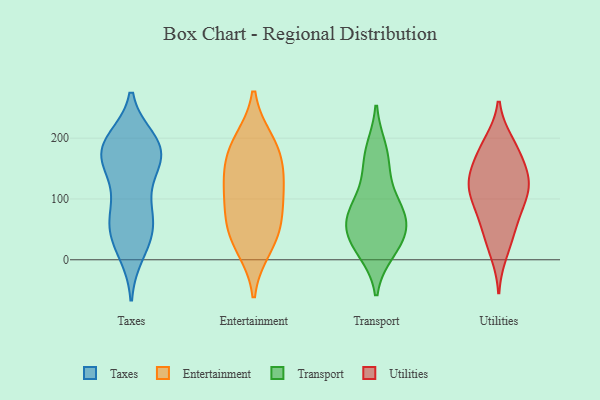
{"axis": {"x": "Satisfaction Score", "y": "Value"}, "legend": ["Entertainment", "Taxes", "Transport", "Utilities"], "data": [{"x": "", "y": 197, "type": "Taxes"}, {"x": "", "y": 187, "type": "Taxes"}, {"x": "", "y": 195, "type": "Taxes"}, {"x": "", "y": 184, "type": "Taxes"}, {"x": "", "y": 175, "type": "Taxes"}, {"x": "", "y": 151, "type": "Taxes"}, {"x": "", "y": 172, "type": "Taxes"}, {"x": "", "y": 169, "type": "Taxes"}, {"x": "", "y": 121, "type": "Taxes"}, {"x": "", "y": 83, "type": "Taxes"}, {"x": "", "y": 48, "type": "Taxes"}, {"x": "", "y": 55, "type": "Taxes"}, {"x": "", "y": 58, "type": "Taxes"}, {"x": "", "y": 16, "type": "Taxes"}, {"x": "", "y": 148, "type": "Taxes"}, {"x": "", "y": 82, "type": "Taxes"}, {"x": "", "y": 49, "type": "Taxes"}, {"x": "", "y": 11, "type": "Taxes"}, {"x": "", "y": 191, "type": "Taxes"}, {"x": "", "y": 188, "type": "Entertainment"}, {"x": "", "y": 21, "type": "Entertainment"}, {"x": "", "y": 194, "type": "Entertainment"}, {"x": "", "y": 140, "type": "Entertainment"}, {"x": "", "y": 112, "type": "Entertainment"}, {"x": "", "y": 74, "type": "Entertainment"}, {"x": "", "y": 37, "type": "Entertainment"}, {"x": "", "y": 59, "type": "Entertainment"}, {"x": "", "y": 166, "type": "Entertainment"}, {"x": "", "y": 117, "type": "Entertainment"}, {"x": "", "y": 168, "type": "Transport"}, {"x": "", "y": 180, "type": "Transport"}, {"x": "", "y": 127, "type": "Transport"}, {"x": "", "y": 25, "type": "Transport"}, {"x": "", "y": 59, "type": "Transport"}, {"x": "", "y": 56, "type": "Transport"}, {"x": "", "y": 77, "type": "Transport"}, {"x": "", "y": 27, "type": "Transport"}, {"x": "", "y": 86, "type": "Transport"}, {"x": "", "y": 15, "type": "Transport"}, {"x": "", "y": 72, "type": "Transport"}, {"x": "", "y": 189, "type": "Utilities"}, {"x": "", "y": 114, "type": "Utilities"}, {"x": "", "y": 132, "type": "Utilities"}, {"x": "", "y": 117, "type": "Utilities"}, {"x": "", "y": 106, "type": "Utilities"}, {"x": "", "y": 151, "type": "Utilities"}, {"x": "", "y": 34, "type": "Utilities"}, {"x": "", "y": 148, "type": "Utilities"}, {"x": "", "y": 143, "type": "Utilities"}, {"x": "", "y": 84, "type": "Utilities"}, {"x": "", "y": 67, "type": "Utilities"}, {"x": "", "y": 11, "type": "Utilities"}, {"x": "", "y": 194, "type": "Utilities"}, {"x": "", "y": 182, "type": "Utilities"}, {"x": "", "y": 108, "type": "Utilities"}, {"x": "", "y": 54, "type": "Utilities"}]}